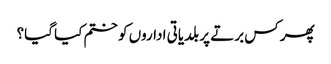
پھر کس برتے پر بلدیاتی اداروں کو ختم کیا گیا؟